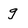
Character: g